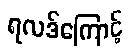
ရလဒ်ကြောင့်